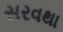
સરવથા